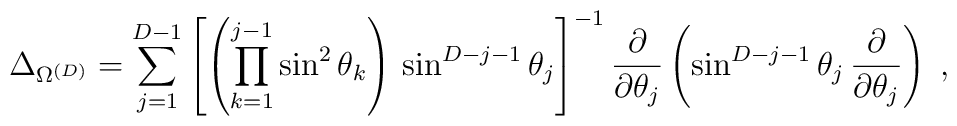
\Delta_{\Omega^{({D})}}=\sum^{{D}-1}_{j=1}\left[\left( \prod_{k=1}^{j-1} \sin^{2} \theta_{k} \right)\, \sin^{{D}-j-1} \theta_{j}\right]^{-1}\frac{\partial}{\partial\theta_{j}}\left(\sin^{{D}-j-1} \theta_{j}  \,\frac{\partial}{\partial\theta_{j}}\right)\; ,